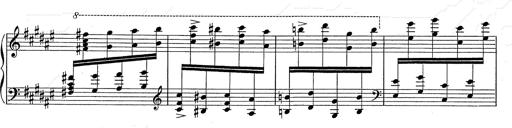
Title: Hungarian Rhapsody No.2
Composer: Franz Liszt
Key: C-sharp minor